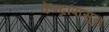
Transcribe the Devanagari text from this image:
केन्द्रापासून